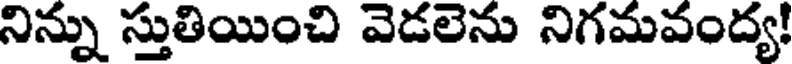
నిన్ను స్తుతియించి వెడలెను నిగమవంద్య!